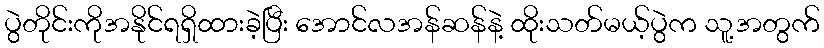
ပွဲတိုင်းကိုအနိုင်ရရှိထားခဲ့ပြီး အောင်လအန်ဆန်နဲ့ ထိုးသတ်မယ့်ပွဲက သူ့အတွက်